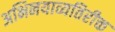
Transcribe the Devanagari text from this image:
अभिनयाव्यतिरीक्त